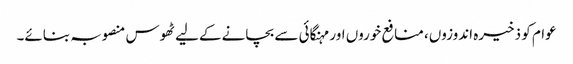
عوام کو ذخیرہ اندوزوں، منافع خوروں اور مہنگائی سے بچانے کےلیے ٹھوس منصوبہ بنائے۔